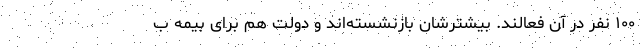
۱۰۰ نفر در آن فعالند. بیشترشان بازنشسته‌اند و دولت هم برای بیمه ب